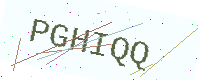
Text: PGHIQQ